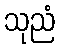
သုညံ